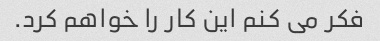
فکر می کنم این کار را خواهم کرد.